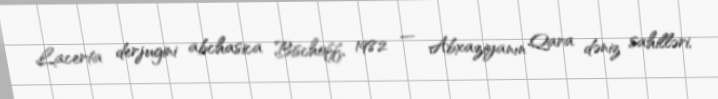
Lacerta derjugini abchasica Bischoff, 1982 — Abxaziyanın Qara dəniz sahilləri,